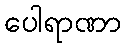
ပေါရာဏာ